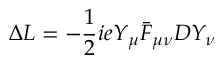
\Delta { \cal L } = - { \frac { 1 } { 2 } } i e Y _ { \mu } \bar { F } _ { \mu \nu } D Y _ { \nu } \,